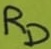
Text: RD